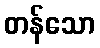
တန်သော